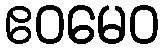
ဧဝမေဝ